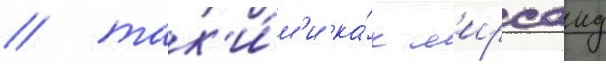
/ так'и́м'и ка́к м'ирсаид